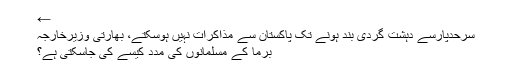
←
سرحدپارسے دہشت گردی بند ہونے تک پاکستان سے مذاکرات نہیں ہوسکتے، بھارتی وزیرخارجہ
برما کے مسلمانوں کی مدد کیسے کی جاسکتی ہے؟